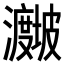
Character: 𪸁